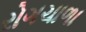
રોગચાળા